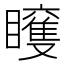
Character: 𥌍